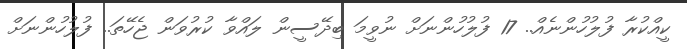
ކީއްކުރާ ފުލުހުންނެއް.. 17 ފުލުހުންނަށް ނުވީމަ ބިދޭސީން ލައްވާ ކުރުވަން ޖެހޭތަ.. ފުލުހުންނަށް